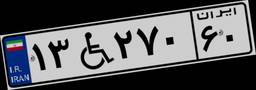
۱۳W۲۷۰۶۰